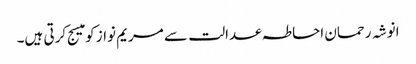
انوشہ رحمان احاطہ عدالت سے مریم نواز کو میسج کرتی ہیں۔